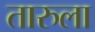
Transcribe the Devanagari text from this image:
तारुला